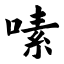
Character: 嗉